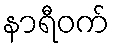
နာရီဝက်